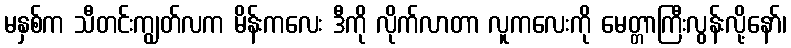
မနှစ်က သီတင်းကျွတ်လက မိန်းကလေး ဒီကို လိုက်လာတာ လူကလေးကို မေတ္တာကြီးလွန်းလို့နော်၊